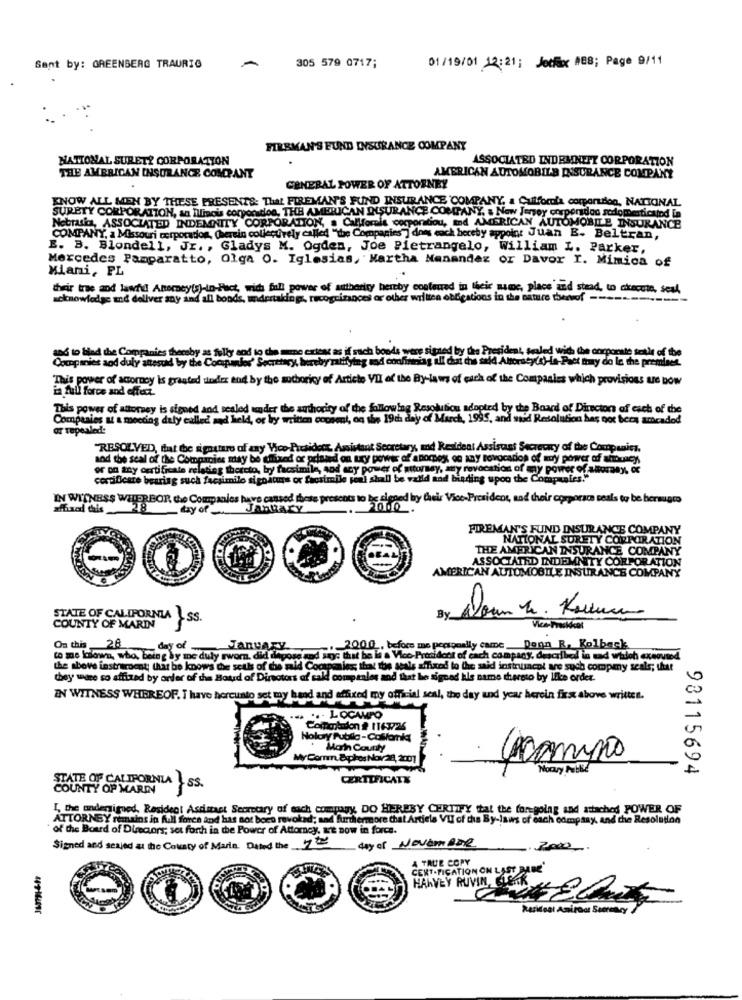
Sent by: GREENBERG TRAURIG
305 579 0717;
01/19/01 12:21; Jotfix ABB; Page 9/11
FIREMAN'S FUND INSURANCE COMPANY
NATIONAL SURETI CORPORATION
ASSOCIATED INDEMNEPT CORPORATION
THE AMERICAN INSURANCE COMPANY
AMERICAN AUTOMOBILE INSURANCE COMPANY
GENERAL POWER OF ATTORNEY
KNOW ALL MEN BY THESE PRESENTS: That FIREMAN'S FUND INSURANCE COMPANY, a Cutfocola comparution, NATIONAL
Nebrasio, ASSOCIATED INDEMNITY CORPORATION, a Callforala corporatiou, md AMERICAN AUTOMOBILE INSURANCE
SURETY CORPORATION, an Ilinou corporation, THE AMERICAN DISURANCE COMPANY, & New Jersey corporidon sodomesticaind in
COMPANY, a Missouri corporados, (herein collectively called "the Companies"] dons each hereby appoint Juan E. Beltran,
B. B. Blondell, Jr ., Gladys M. Ogden, Joe Pietrangelo, William L. Parker,
Mercedes Pamparatto, Olga O. Iglesias, Martha Manandez or Davor I. Mimica of
Miani, PL
their trae and lawhid Attorney(s)-in-Fact, wich full power of authority hereby contoured in their name, place and stead, to akecete, seal,
acknowledge and deliver any and all bonds, undertaking, recognizances or other written obligations in the nature thenvof ------
was to find the Companies thereby as fully and to che sono cadand as if such boods ve
Companies and duty altesued by the Conunder Secretary, hereby rallying med conhim
racy(a)-is-Pact thay do le the premises
da the corporate teilt of the
This power of acorcy is granted under end by the authoricy of Articte VII of the By-laws of each of the Companies which provisions ue pow
in full force and effect.
This power of attorney is signed and sealed under the authority of the following Resolution adopted by the Board of Directors of each of the
Companies as a meeting daly called and held, or by written consent, on the 19th day of March, 1995, and said Resolution has not been accaded
or repealed:
"RESOLVED, that the signature of any Vice-President, Assistant Secretary, and Resident Assistant Secretary of the Companies.
aod the seal of the Companies may be fixed or posted on try power of anochex on any Bovocation of muy power of anboney
or on any certificate relating thereto, by facsimile, sod any power of attorney, any revocation of my power of alloraay, of
certificare bearing such facsimilo sighatuns or Saosimile peni shall be valld and binding upon the Companies."
IN WITNESS WELERBOR the Companies have cansed these presents to be signed by their Vice-President, and their corporace seals to be bersigmo
affixed thais _28
_try of January
20.0.
FIREMAN'S FUND INSURANCE COMPANY
NATIONAL SURETY CORPORATION
THE AMERICAN INSURANCE COMPANY
ASSOCIATED INDEMNITY CORPORATION
AMERICAN AUTOMOBILE INSURANCE COMPANY
STATE OF CALIFORNIA ISS.
By
COUNTY OF MARIN
On this 28
. day of .
January
20.00, before me personally came Dann R. Kolback
co me knowa, who, being by me duly sworn. did depose and says that be is a Vice-President of each company, described in and whloh exeound
the above instrument that he knows the seuls of the maid Companies; that the wals affixed to the said instrument are such compmy seals; that
they were so affixed by order of the Boud of Directors of sald compsales and that he signed kle name thereto by like order.
IN WITNESS WHEREOF. I have hercunto set my hand and affixed my official seal, the day und year herein fix above written.
.. ..- LOCAMPO
Concodon # 1163726
Holaay Publla -Colllanka
Marin County
My Comm.Siphos Nov28, 2001
NOGry NENE
98115694
CERTIFICATE
ATE OF CALIFORNIA ISS.
I, the undersigned, Resident Assistant Secretary of each company, DO HEREBY CERTIFY that the for-going and attached POWER OF
ATTORNEY remains in full force and has not been revoked; and furthermore that Article VU of the By-laws of each company, and the Resolution
of the Board of Directors; set forth in the Power of Attomey, we now in force.
day of NOVEMBER
Signed and seajed at the County of Marin. Dated the 750
2000 -.
A TRUE COPY
CENT.FICATION ON LAST BARE'
HARVEY RUVIN, ETC.